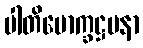
ပါတိမောက္ခဋ္ဌပနာ